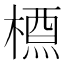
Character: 槱